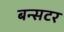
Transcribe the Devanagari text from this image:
बन्सटर